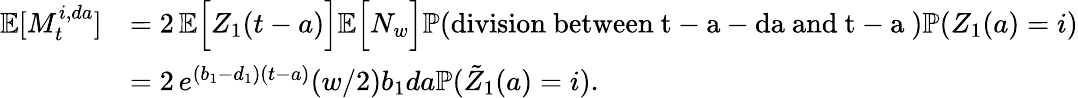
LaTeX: \begin{array}{rl}{\mathbb{E}[M_{t}^{i,da}]}&{=2\, \mathbb{E}\Big[Z_{1}(t-a)\Big]\mathbb{E}\Big[N_{w}\Big]\mathbb{P}(\mathrm{division~between~t-a-da~and~t-a~})\mathbb{P}(Z_{1}(a)=i)}\\ &{=2\, e^{(b_{1}-d_{1})(t-a)}(w/2)b_{1}da\mathbb{P}(\tilde{Z}_{1}(a)=i).}\end{array}